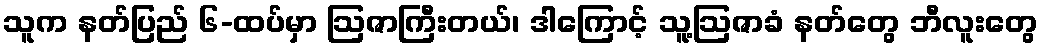
သူက နတ်ပြည် ၆-ထပ်မှာ ဩဇာကြီးတယ်၊ ဒါကြောင့် သူ့ဩဇာခံ နတ်တွေ ဘီလူးတွေ